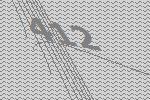
412